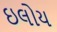
ઇલોય